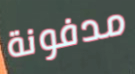
مدفونة